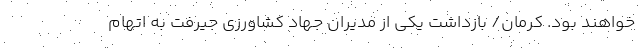
خواهند بود. کرمان/ بازداشت یکی از مدیران جهاد کشاورزی جیرفت به اتهام